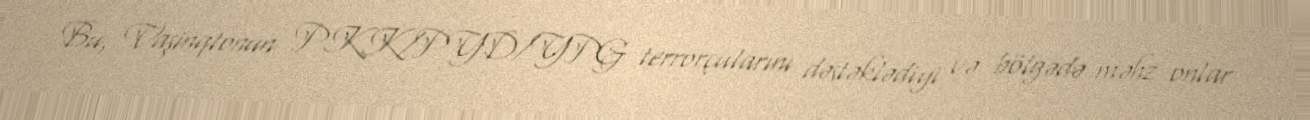
Bu, Vaşinqtonun PKK/PYD/YPG terrorçularını dəstəklədiyi və bölgədə məhz onlar